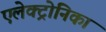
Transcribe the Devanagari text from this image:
एलेक्ट्रोनिका